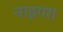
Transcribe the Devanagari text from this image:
नाइगरा